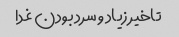
تاخیر زیاد و سرد بودن غدا